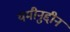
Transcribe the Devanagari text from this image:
यमीनुद्दीन